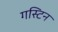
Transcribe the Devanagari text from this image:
गस्टिन